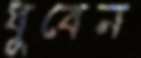
ধুবেন